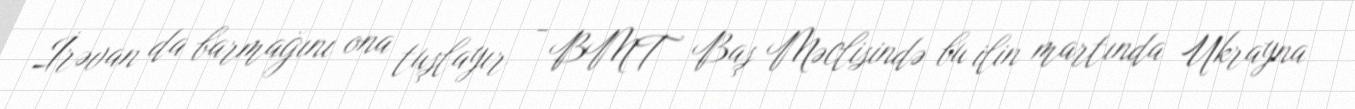
İrəvan da barmağını ona tuşlayır - BMT Baş Məclisində bu ilin martında Ukrayna